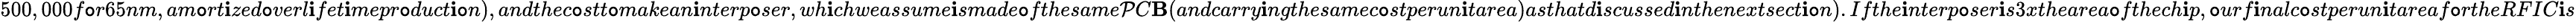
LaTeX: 500,000f\mathtt{o}r65nm,am\mathtt{o}rt\mathbf{i}zed\mathtt{o}verl\mathbf{i}fet\mathbf{i}mepr\mathtt{o}duct\mathbf{i}\mathtt{o}n),andthec\mathtt{o}stt\mathtt{o}makean\mathbf{i}nterp\mathtt{o}ser,wh\mathbf{i}chweassume\mathbf{i}smade\mathtt{o}fthesame\mathcal{P}C\mathbf{B}(andcarry\mathbf{i}ngthesamec\mathtt{o}stperun\mathbf{i}tarea)asthatd\mathbf{i}scussed\mathbf{i}nthenextsect\mathbf{i}\mathtt{o}n).Ifthe\mathbf{i}nterp\mathtt{o}ser\mathbf{i}s3xthearea\mathtt{o}fthech\mathbf{i}p,\mathtt{o}urf\mathbf{i}nalc\mathtt{o}stperun\mathbf{i}tareaf\mathtt{o}rtheRFIC\mathbf{i}s